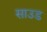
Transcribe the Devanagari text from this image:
साउड